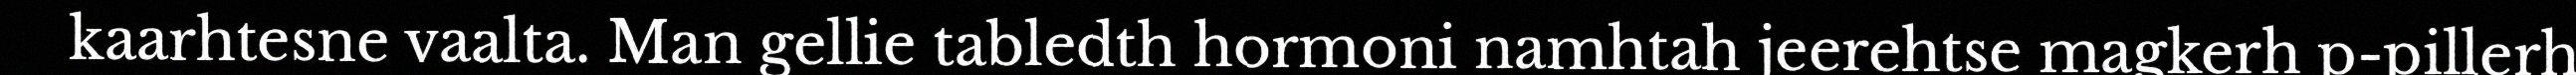
kaarhtesne vaalta. Man gellie tabledth hormoni namhtah jeerehtse magkerh p-pillerh